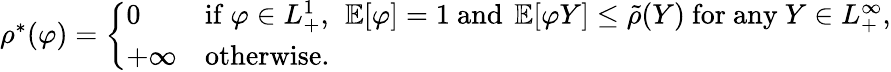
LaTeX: \begin{array}{r}{\rho^{*}(\varphi)=\left\{ \begin{array}{ll}{0}&{\mathrm{if~}\varphi\in L_{+}^{1},\ \operatorname{\mathbb{E}}[\varphi]=1\mathrm{~and~}\operatorname{\mathbb{E}}[\varphi Y]\leq\tilde{\rho}(Y)\mathrm{~for~any~}Y\in L_{+}^{\infty},}\\ {+\infty}&{\mathrm{otherwise}.}\end{array}\right.}\end{array}